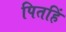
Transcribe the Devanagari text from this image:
पितहिं